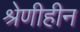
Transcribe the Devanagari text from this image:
श्रेणीहीन